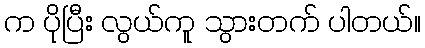
က ပိုပြီး လွယ်ကူ သွားတက် ပါတယ်။